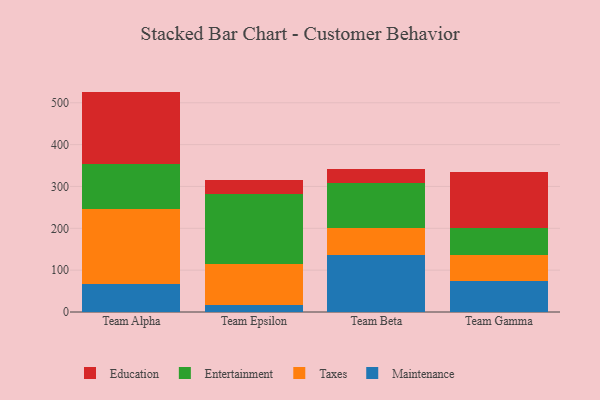
{"axis": {"x": "Team", "y": "Page Views"}, "legend": ["Education", "Entertainment", "Maintenance", "Taxes"], "data": [{"x": "Team Alpha", "y": 66.7, "type": "Maintenance"}, {"x": "Team Alpha", "y": 179.9, "type": "Taxes"}, {"x": "Team Alpha", "y": 107.7, "type": "Entertainment"}, {"x": "Team Alpha", "y": 172.4, "type": "Education"}, {"x": "Team Epsilon", "y": 17.8, "type": "Maintenance"}, {"x": "Team Epsilon", "y": 96.6, "type": "Taxes"}, {"x": "Team Epsilon", "y": 168.5, "type": "Entertainment"}, {"x": "Team Epsilon", "y": 32.6, "type": "Education"}, {"x": "Team Beta", "y": 137.4, "type": "Maintenance"}, {"x": "Team Beta", "y": 64.2, "type": "Taxes"}, {"x": "Team Beta", "y": 107.8, "type": "Entertainment"}, {"x": "Team Beta", "y": 33.3, "type": "Education"}, {"x": "Team Gamma", "y": 74.2, "type": "Maintenance"}, {"x": "Team Gamma", "y": 62.6, "type": "Taxes"}, {"x": "Team Gamma", "y": 62.8, "type": "Entertainment"}, {"x": "Team Gamma", "y": 134.1, "type": "Education"}]}